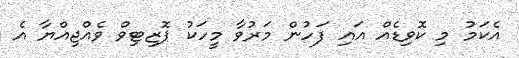
އެކަމު މި ކޮވިޑެއް އައި ފަހުން މަރުވާ މީހަކު ޕޮޒިޓިވް ވެއްޖިއްޔާ އެ